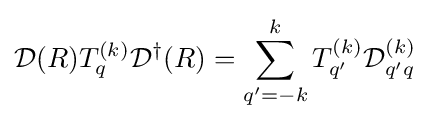
{\mathcal {D}}(R)T_{q}^{(k)}{\mathcal {D}}^{\dagger }(R)=\sum _{q'=-k}^{k}T_{q'}^{(k)}{\mathcal {D}}_{q'q}^{(k)}